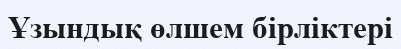
Ұзындық өлшем бірліктері